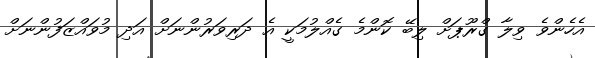
އެހެންވެ ވިލާ ގްރޫޕަށް ލިބޭ ކޮންމެ ގެއްލުމަކީ އެ ދަރިވަރުންނަށް އަދި މުވައްޒަފުންނަށް